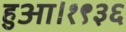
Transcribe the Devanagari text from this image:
हुआ।१९३६